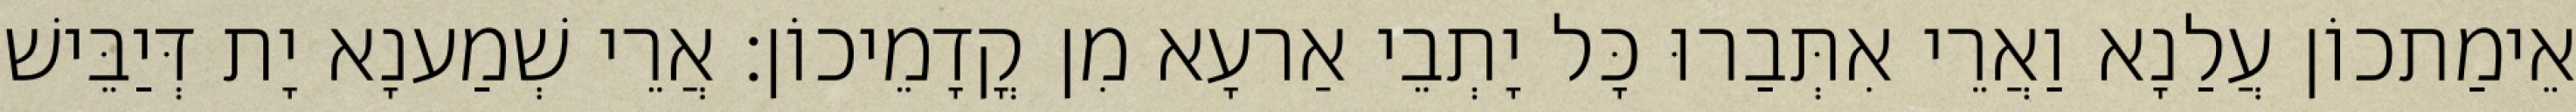
אֵימַתכוֹן עֲלַנָא וַאֲרֵי אִתְּבַרוּ כָּל יָתְבֵי אַרעָא מִן קֳדָמֵיכוֹן׃ אֲרֵי שְׁמַענָא יָת דְּיַבֵּישׁ